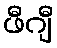
ဖီဂျီ